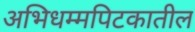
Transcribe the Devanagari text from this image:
अभिधम्मपिटकातील